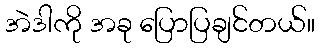
အဲဒါကို အခု ပြောပြချင်တယ်။